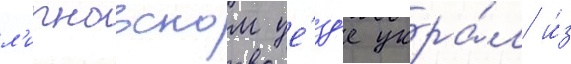
л'ипновском уе́зд'е укра́л и́з